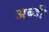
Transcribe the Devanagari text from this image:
अब्दी